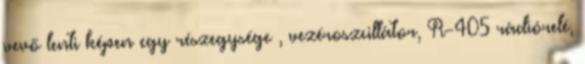
vevő lenti képen egy részegysége , vezéroszcillátor, R-405 rádiórelé,